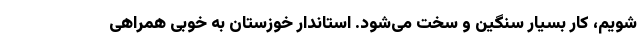
شویم، کار بسیار سنگین و سخت می‌شود. استاندار خوزستان به خوبی همراهی